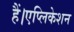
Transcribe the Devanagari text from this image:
हैं।एप्लिकेशन